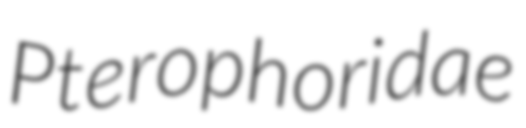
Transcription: Pterophoridae